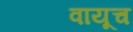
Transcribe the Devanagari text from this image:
वायूच